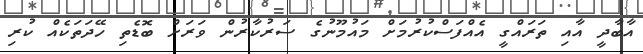
އާބާދީ އާއި ތަރައްގީ އެއްފަސްކުރުމަށް މައުމޫނުގެ ސަރުކާރުން ވަރަށް ބޮޑެތި ހޭދަތަކެއް ކުރި